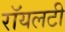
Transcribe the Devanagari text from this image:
रॉयलटी